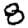
Digit: 8